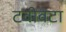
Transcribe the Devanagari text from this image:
टवीवटा